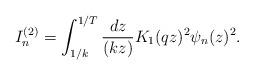
LaTeX: \begin{align*}I^{(2)}_{n}=\int_{1/k}^{1/T} {dz\over (kz)} K_1(qz)^2\psi_n(z)^2.\end{align*}